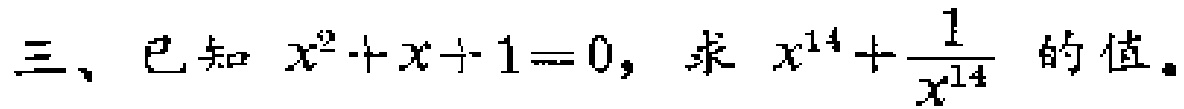
三、已知 \(x^{2}+x + 1 = 0\)，求 \(x^{14}+\frac{1}{x^{14}}\) 的值。